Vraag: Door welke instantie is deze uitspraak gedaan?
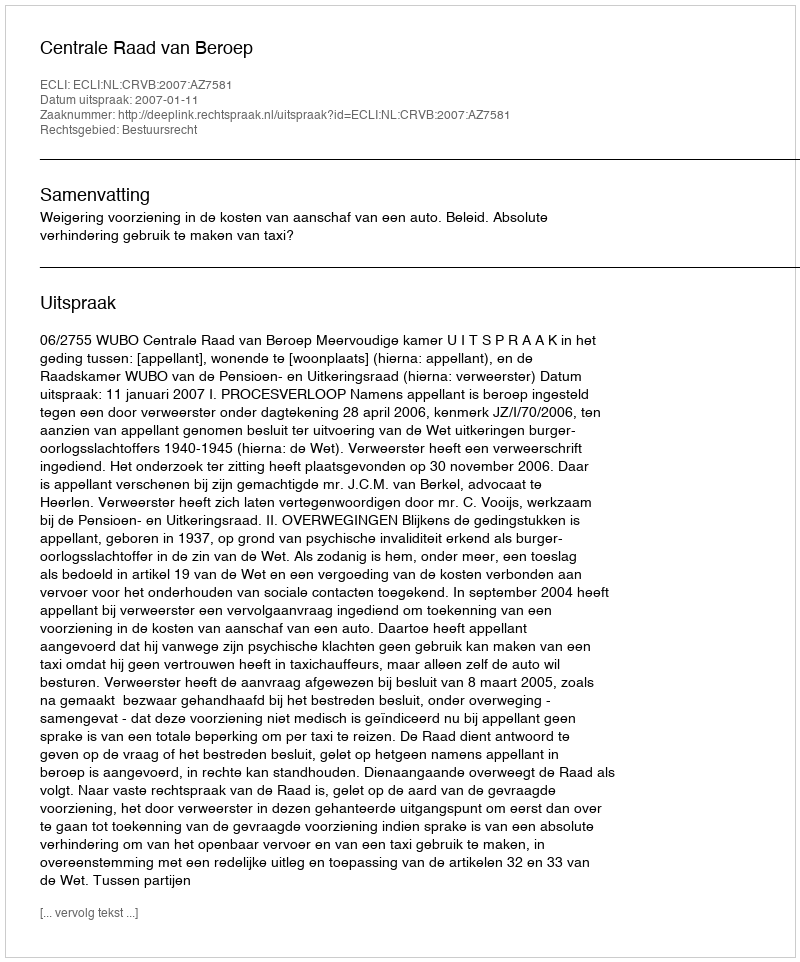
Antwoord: Centrale Raad van Beroep